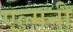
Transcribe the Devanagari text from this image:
एल्मनी